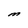
Character: M